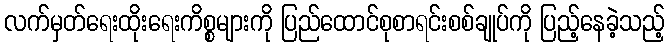
လက်မှတ်ရေးထိုးရေးကိစ္စများကို ပြည်ထောင်စုစာရင်းစစ်ချုပ်ကို ပြည့်နေခဲ့သည့်